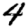
Digit: 4